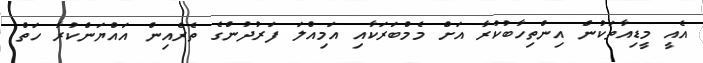
އެއީ މީޑިއާތަކުން އިންތިހާބުކުރާ އަށް މެމްބަރަކާއި އަމިއްލަ ފަރުދުންގެ ތެރެއިން އައްޔަންކުރާ ހަތް